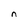
Character: n